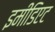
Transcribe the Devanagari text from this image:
इमीडिएट